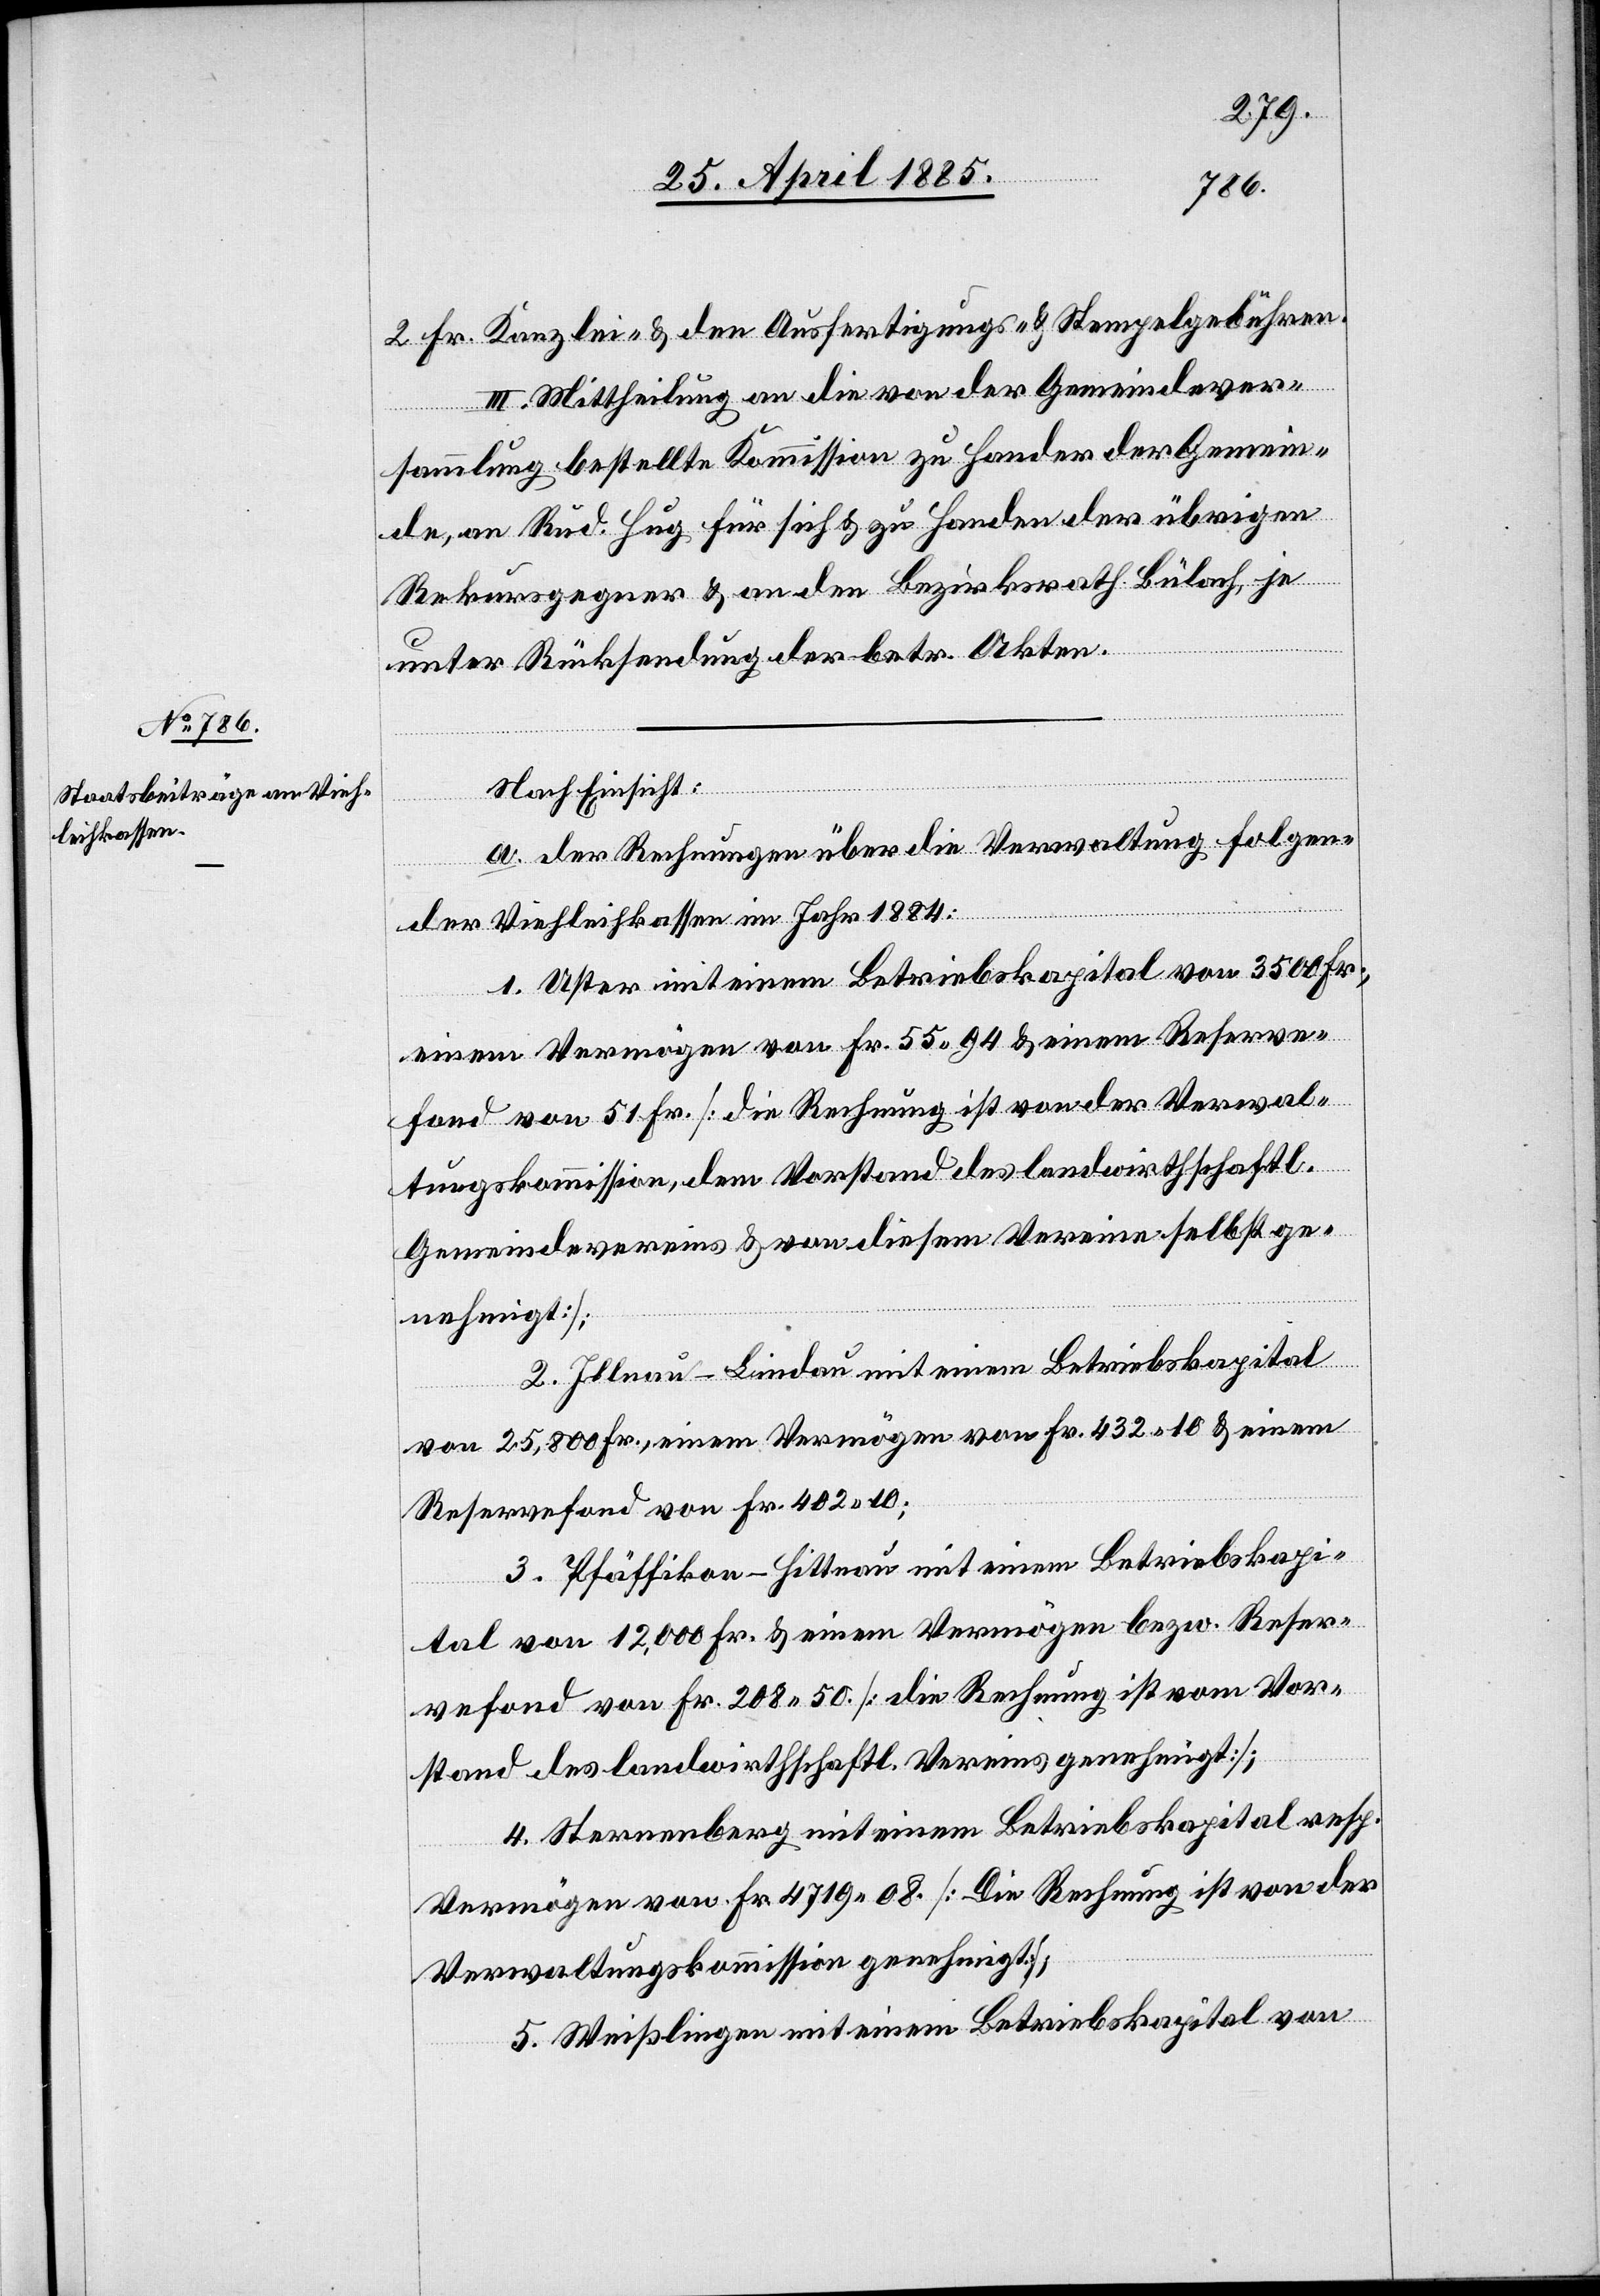
2 Fr. Kanzlei- & den Ausfertigungs- & Stempelgebühren.
III. Mittheilung an die von der Gemeindever¬
sammlung bestellte Kommission zu Handen der Gemein¬
de, an Rud. Hug für sich & zu Handen der übrigen
Rekursgegner & an den Bezirksrath Bülach, je
unter Rücksendung der betr. Akten.
Nach Einsicht:
a. der Rechnungen über die Verwaltung folgen¬
der Viehleikassen im Jahr 1884:
1. Uster mit einem Betriebskapital von 3500 Fr.,
einem Vermögen von Fr. 55 94 & einem Reserve¬
fond von 51 Fr. [die Rechnung ist von der Verwal¬
tungskommission, dem Vorstand des landwirthschaftl.
Gemeindevereins & von diesem Verein selbst ge¬
nehmigt];
2. Illnau - Lindau mit einem Betriebskapital
von 25,800 Fr., einem Vermögen von Fr. 432 10 & einem
Reservefond von Fr. 402 10;
3. Pfäffikon - Hittnau mit einem Betriebskapi¬
tal von 12,000 Fr. & einem Vermögen bezw. Reser¬
vefond von Fr. 208 50 [die Rechnung ist vom Vor¬
stand des landwirthschaftl. Vereins genehmigt];
4. Sternenberg mit einem Betriebskapital resp.
Vermögen von Fr. 4719 08. [Die Rechnung ist von der
Verwaltungskommission genehmigt];
5. Weißlingen mit einem Betriebskapital von